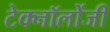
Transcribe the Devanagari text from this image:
टेक्नॉलोंजी